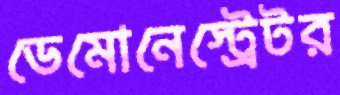
ডেমোনেস্ট্রেটর